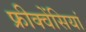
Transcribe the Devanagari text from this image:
फ्रीक्वेंसियां